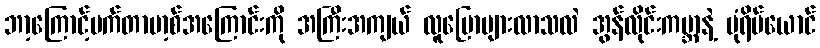
ဘာ့ကြောင့်မက်တာဗာ့စ်အကြောင်းကို အကြီးအကျယ် လူပြောများလာသလဲ အွန်လိုင်းကမ္ဘာနဲ့ ပုံရိပ်ယောင်